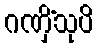
ဂဏှိံသုပိ